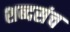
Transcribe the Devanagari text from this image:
शब्दसंच